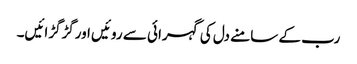
رب کے سامنے دل کی گہرائی سے روئیں اورگڑگڑائیں۔